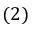
( 2 )